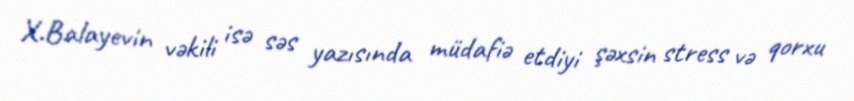
X.Balayevin vəkili isə səs yazısında müdafiə etdiyi şəxsin stress və qorxu